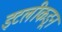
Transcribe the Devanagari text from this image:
इटलीकडून